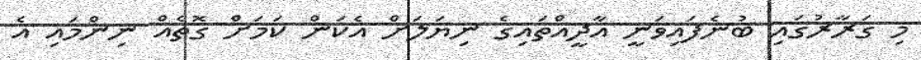
މި ގަރާރުގައި ބުނެފައިވަނީ އާދީއްތައިގެ ނިޔަލަށް އެކަން ކަމަށް ގޮތެއް ނިންމައި އެ